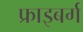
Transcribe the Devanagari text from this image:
फ्राइबर्ग